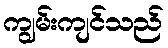
ကျွမ်းကျင်သည်